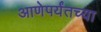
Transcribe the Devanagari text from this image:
आणेपर्यंतच्या